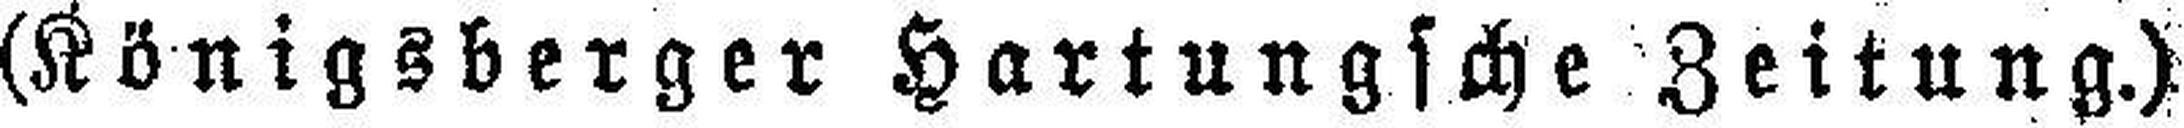
(Königsberger Hartungsche Zeitung.)